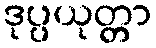
ဒုပ္ပယုတ္တာ